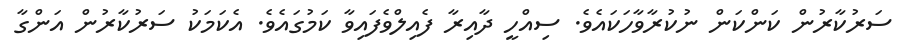
ސަރުކާރުން ކަންކަން ނުކުރާވާހަކައެވެ. ސިއްހީ ދާއިރާ ފެއިލްވެފައިވާ ކަމުގައެވެ. އެކަމަކު ސަރުކާރުން އަންގާ